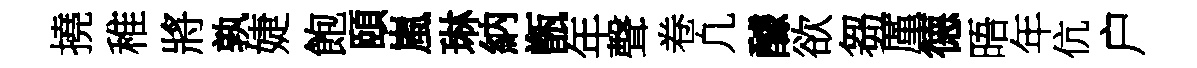
撓稚將孰婕飽頤嵐琳納甑年聲卷凢醵欲芻厪德晤年伉户